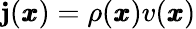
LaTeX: \mathbf{j}(\pmb{x})=\rho(\pmb{x})v(\pmb{x})